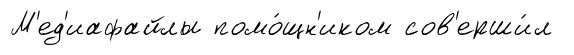
М'ед'иафайлы помо́щн'иком сов'ерши́л